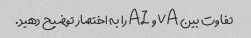
تفاوت بین VA و AI را به اختصار توضیح دهید.